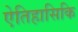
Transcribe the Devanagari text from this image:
ऐतिहासिकि